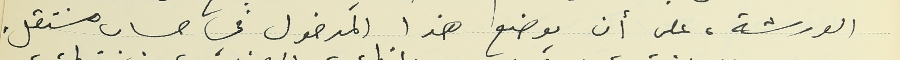
الورشة، على أن يوضع هذا المدخول في حساب مستقل.